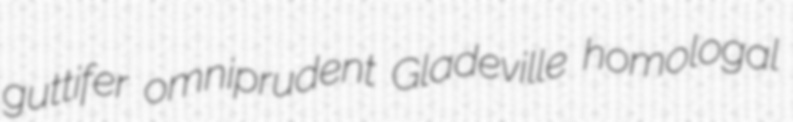
guttifer omniprudent Gladeville homologal